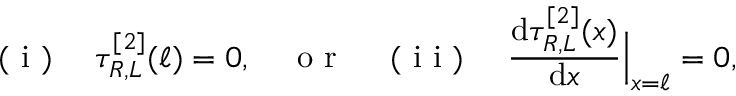
\mathrm { ~ ( ~ i ~ ) ~ } \quad \tau _ { R , L } ^ { [ 2 ] } ( \ell ) = 0 , \quad \mathrm { ~ o ~ r ~ } \quad \mathrm { ~ ( ~ i ~ i ~ ) ~ } \quad \frac { \mathrm { d } \tau _ { R , L } ^ { [ 2 ] } ( x ) } { \mathrm { d } x } \Big | _ { x = \ell } = 0 ,